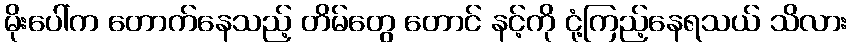
မိုးပေါ်က တောက်နေသည့် တိမ်တွေ တောင် နင့်ကို ငုံ့ကြည့်နေရသယ် သိလား